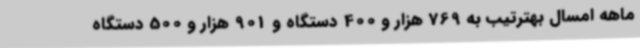
ماهه امسال بهترتیب به 769 هزار و 400 دستگاه و 901 هزار و 500 دستگاه